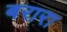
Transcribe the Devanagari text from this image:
बरारा